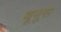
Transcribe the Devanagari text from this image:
यूनूस